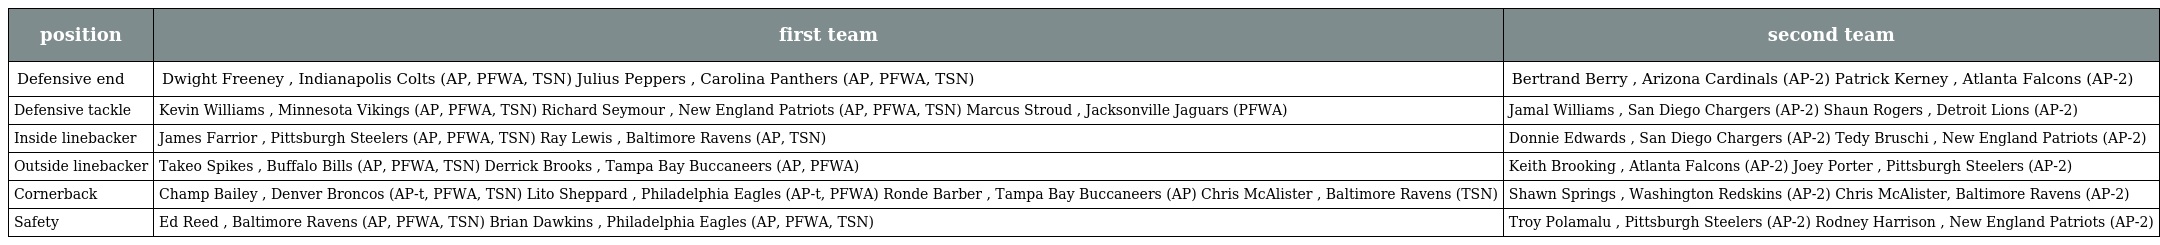
| position | first team | second team |
 | --- | --- | --- |
 | Defensive end | Dwight Freeney , Indianapolis Colts (AP, PFWA, TSN) Julius Peppers , Carolina Panthers (AP, PFWA, TSN) | Bertrand Berry , Arizona Cardinals (AP-2) Patrick Kerney , Atlanta Falcons (AP-2) |
 | Defensive tackle | Kevin Williams , Minnesota Vikings (AP, PFWA, TSN) Richard Seymour , New England Patriots (AP, PFWA, TSN) Marcus Stroud , Jacksonville Jaguars (PFWA) | Jamal Williams , San Diego Chargers (AP-2) Shaun Rogers , Detroit Lions (AP-2) |
 | Inside linebacker | James Farrior , Pittsburgh Steelers (AP, PFWA, TSN) Ray Lewis , Baltimore Ravens (AP, TSN) | Donnie Edwards , San Diego Chargers (AP-2) Tedy Bruschi , New England Patriots (AP-2) |
 | Outside linebacker | Takeo Spikes , Buffalo Bills (AP, PFWA, TSN) Derrick Brooks , Tampa Bay Buccaneers (AP, PFWA) | Keith Brooking , Atlanta Falcons (AP-2) Joey Porter , Pittsburgh Steelers (AP-2) |
 | Cornerback | Champ Bailey , Denver Broncos (AP-t, PFWA, TSN) Lito Sheppard , Philadelphia Eagles (AP-t, PFWA) Ronde Barber , Tampa Bay Buccaneers (AP) Chris McAlister , Baltimore Ravens (TSN) | Shawn Springs , Washington Redskins (AP-2) Chris McAlister, Baltimore Ravens (AP-2) |
 | Safety | Ed Reed , Baltimore Ravens (AP, PFWA, TSN) Brian Dawkins , Philadelphia Eagles (AP, PFWA, TSN) | Troy Polamalu , Pittsburgh Steelers (AP-2) Rodney Harrison , New England Patriots (AP-2) |